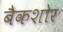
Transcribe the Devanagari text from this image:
बैकशोर